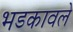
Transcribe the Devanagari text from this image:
भडकावले